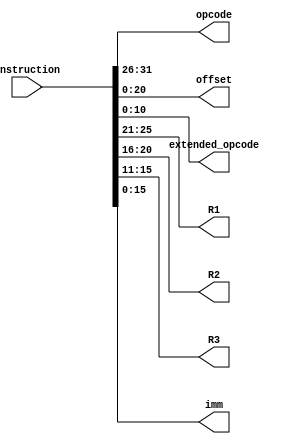
// Module to decode a 32 bit instructionuction
module instruction_decoder(
    input wire [31:0] instruction,
    output wire [5:0] opcode,
    output wire [20:0] offset,
    output wire [10:0] extended_opcode,
    output wire [4:0] R1,
    output wire [4:0] R2,
    output wire [4:0] R3,
    output wire [15:0] imm
);
    assign opcode ={instruction[31:26]};
    assign offset ={instruction[20:0]};
    assign extended_opcode ={instruction[10:0]};
    assign R1 ={instruction[25:21]};
    assign R2 ={instruction[20:16]};
    assign R3 ={instruction[15:11]};
    assign imm ={instruction[15:0]};

endmodule